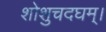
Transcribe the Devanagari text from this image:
शोशुचदघम्।